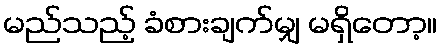
မည်သည့် ခံစားချက်မျှ မရှိတော့။